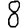
Digit: 8